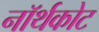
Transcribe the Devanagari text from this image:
नॉर्थकोट